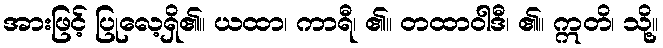
အားဖြင့် ပြုလေ့ရှိ၏။ ယထာ၊ ကာရီ၊ ၏။ တထာဝါဒီ၊ ၏။ ဣတိ၊ သို့။